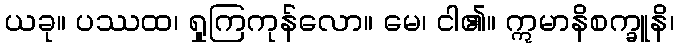
ယခု။ ပဿထ၊ ရှုကြကုန်လော။ မေ၊ ငါ၏။ ဣမာနိစက္ခူနိ၊